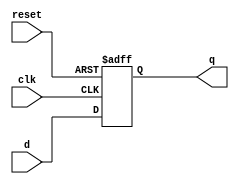
module d_flip_flop (
    input wire clk,
    input wire reset,
    input wire d,
    output reg q
);

// Initialize the output register
always @(posedge clk, posedge reset)
begin
    if (reset)
        q <= 1'b0;
    else
        q <= d;
end

endmodule